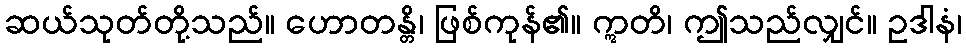
ဆယ်သုတ်တို့သည်။ ဟောတန္တိ၊ ဖြစ်ကုန်၏။ ဣတိ၊ ဤသည်လျှင်။ ဥဒါနံ၊